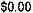
$0.00